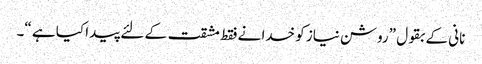
نانی کے بقول ”روشن نیاز کو خدا نے فقط مشقت کے لئے پیدا کیا ہے “۔